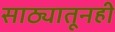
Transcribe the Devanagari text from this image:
साठ्यातूनही